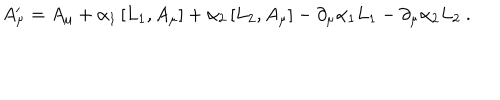
A _ { \mu } ^ { \prime } = A _ { \mu } + \alpha _ { 1 } \left[ L _ { 1 } , A _ { \mu } \right] + \alpha _ { 2 } \left[ L _ { 2 } , A _ { \mu } \right] - \partial _ { \mu } \alpha _ { 1 } L _ { 1 } - \partial _ { \mu } \alpha _ { 2 } L _ { 2 } \ .